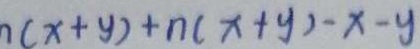
n ( x + y ) + n ( x + y ) - x - y